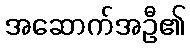
အဆောက်အဦ၏